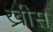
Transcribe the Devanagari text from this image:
ख्रीस